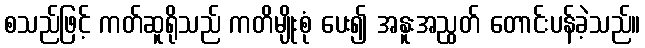
စသည်ဖြင့် ကတ်ဆူရိုသည် ကတိမျိုးစုံ ပေး၍ အနူးအညွတ် တောင်းပန်ခဲ့သည်။